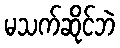
မသက်ဆိုင်ဘဲ